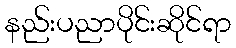
နည်းပညာပိုင်းဆိုင်ရာ